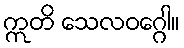
ဣတိ သေလဝဂ္ဂေါ။